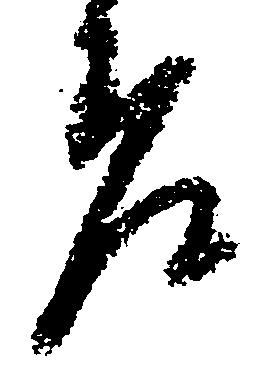
差